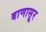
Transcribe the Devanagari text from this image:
बाणासूर